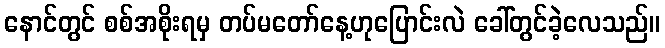
နောင်တွင် စစ်အစိုးရမှ တပ်မတော်နေ့ဟုပြောင်းလဲ ခေါ်တွင်ခဲ့လေသည်။